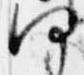
何